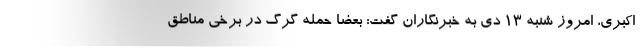
اکبری، امروز شنبه ۱۳ دی به خبرنگاران گفت: بعضا حمله گرگ در برخی مناطق